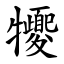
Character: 㹛